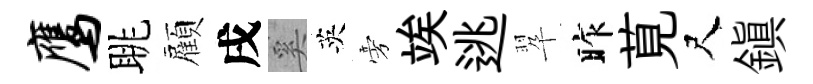
鹰眺顏戌奚英旁竢逃翆昨莧尺鎮